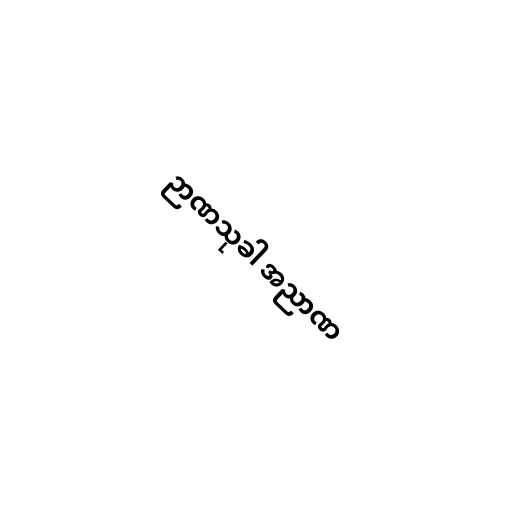
ဉာဏသုခါ အညာဏ